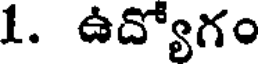
1. ఉద్యోగం